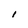
Character: l